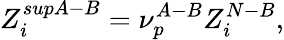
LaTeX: Z_{i}^{supA-B}=\nu_{p}^{A-B}Z_{i}^{N-B},